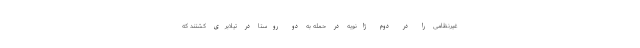
غیرنظامی را در دوم ژانویه در حمله به دو روستا در تیلابری کشتند که